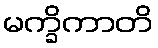
မက္ခိကာတိ